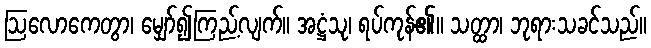
ဩလောကေတွာ၊ မျှော်၍ကြည့်လျက်။ အဋ္ဌံသု၊ ရပ်ကုန်၏။ သတ္ထာ၊ ဘုရားသခင်သည်။